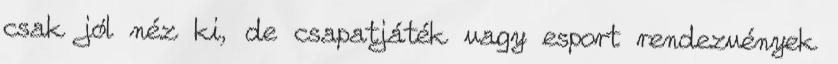
csak jól néz ki, de csapatjáték vagy esport rendezvények